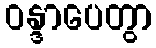
ဝန္ဒာပေတွာ